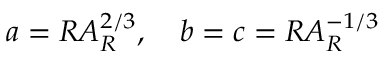
a = R A _ { R } ^ { 2 / 3 } , \quad b = c = R A _ { R } ^ { - 1 / 3 }